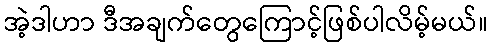
အဲ့ဒါဟာ ဒီအချက်တွေကြောင့်ဖြစ်ပါလိမ့်မယ်။